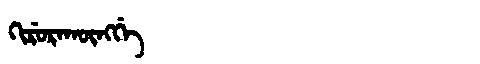
Manchu: ᡴᡳᡵᡠᡵᠠᡴᡡᠩᡤᡝ
Romanization: KIRURAKŪNGGE